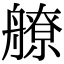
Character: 𦪕